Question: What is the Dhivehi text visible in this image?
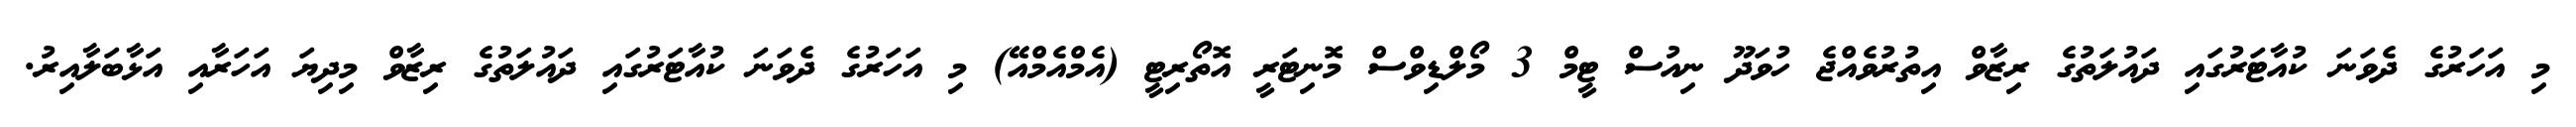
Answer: މި އަހަރުގެ ދެވަނަ ކުއާޓަރުގައި ދައުލަތުގެ ރިޒާވް އިތުރުވެއްޖެ ހުވަދޫ ނިއުސް ޓީމް 3 މޯލްޑިވްސް މޮނިޓަރީ އޮތޯރިޓީ (އެމްއެމްއޭ) މި އަހަރުގެ ދެވަނަ ކުއާޓަރުގައި ދައުލަތުގެ ރިޒާވް މިދިޔަ އަހަރާއި އަޅާބަލާއިރު.